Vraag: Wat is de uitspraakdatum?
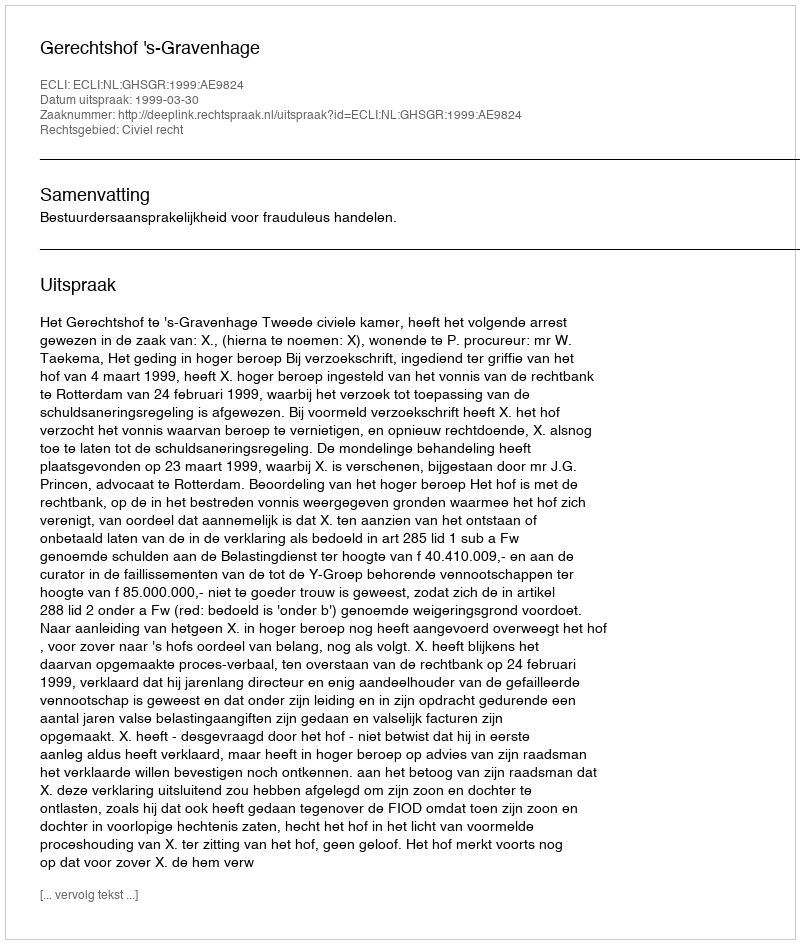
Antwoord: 1999-03-30